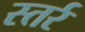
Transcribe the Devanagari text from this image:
स्तर्र